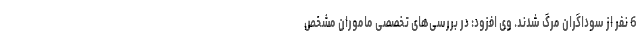
6 نفر از سوداگران مرگ شدند. وی افزود: در بررسی‌های تخصصی ماموران مشخص